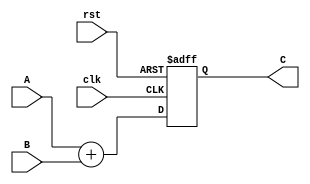
module LogarithmicMultiplier #(
    parameter WIDTH = 16, // Bit-width for input and output
    parameter LUT_SIZE = 256 // Size of the LUT for logarithm and exp
)(
    input wire [WIDTH-1:0] A, // First operand
    input wire [WIDTH-1:0] B, // Second operand
    input wire clk,            // Clock signal
    input wire rst,            // Reset signal
    output reg [WIDTH-1:0] C   // Output result
);

    // Internal signals
    wire [WIDTH-1:0] logA; // Logarithm of A
    wire [WIDTH-1:0] logB; // Logarithm of B
    wire [WIDTH-1:0] logSum; // Sum of logA and logB
    wire [WIDTH-1:0] expResult; // Exponential of logSum

    // Logarithm Block (Placeholder)
    function [WIDTH-1:0] log_function;
        input [WIDTH-1:0] x;
        begin
            // Implement logarithm calculation (LUT or approximation)
            log_function = x; // Placeholder: Replace with actual log calculation
        end
    endfunction

    // Exponentiation Block (Placeholder)
    function [WIDTH-1:0] exp_function;
        input [WIDTH-1:0] x;
        begin
            // Implement exponential calculation (LUT or approximation)
            exp_function = x; // Placeholder: Replace with actual exp calculation
        end
    endfunction

    // Logarithm calculations
    assign logA = log_function(A);
    assign logB = log_function(B);

    // Adder Block
    assign logSum = logA + logB;

    // Exponentiation calculation
    assign expResult = exp_function(logSum);

    // Output Stage
    always @(posedge clk or posedge rst) begin
        if (rst) begin
            C <= 0;
        end else begin
            C <= expResult;
        end
    end

endmodule